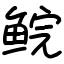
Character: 鲩